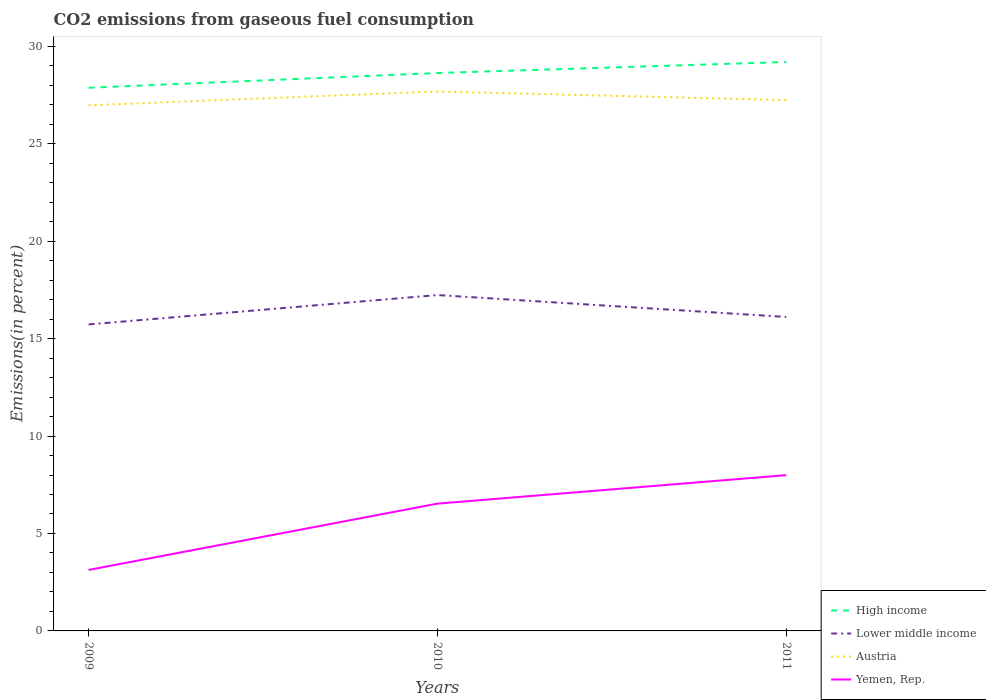
| Years | High income | Lower middle income | Austria | Yemen, Rep. |
 | --- | --- | --- | --- | --- |
 | 2009 | 27.9 | 15.7 | 27 | 3.13 |
 | 2010 | 28.6 | 17.2 | 27.7 | 6.53 |
 | 2011 | 29.2 | 16.1 | 27.2 | 7.99 |